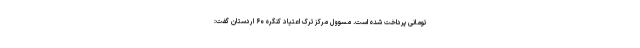
تومانی پرداخت شده است. مسوول مرکز ترک اعتیاد کنگره ۶۰ اردستان گفت: